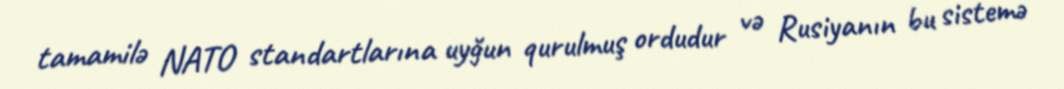
tamamilə NATO standartlarına uyğun qurulmuş ordudur və Rusiyanın bu sistemə